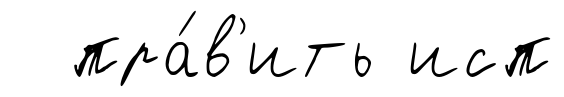
пра́в'ить исп